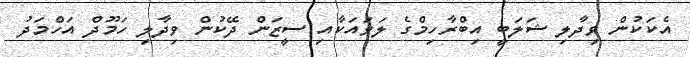
އެކަކުން ވިދާލި ޝަލަބީ އިބްރާހިމްގެ ލަވައަކާއި ސީޒަން ދޭކުން ވިދާލި ހަމޫދް އަހްމަދު